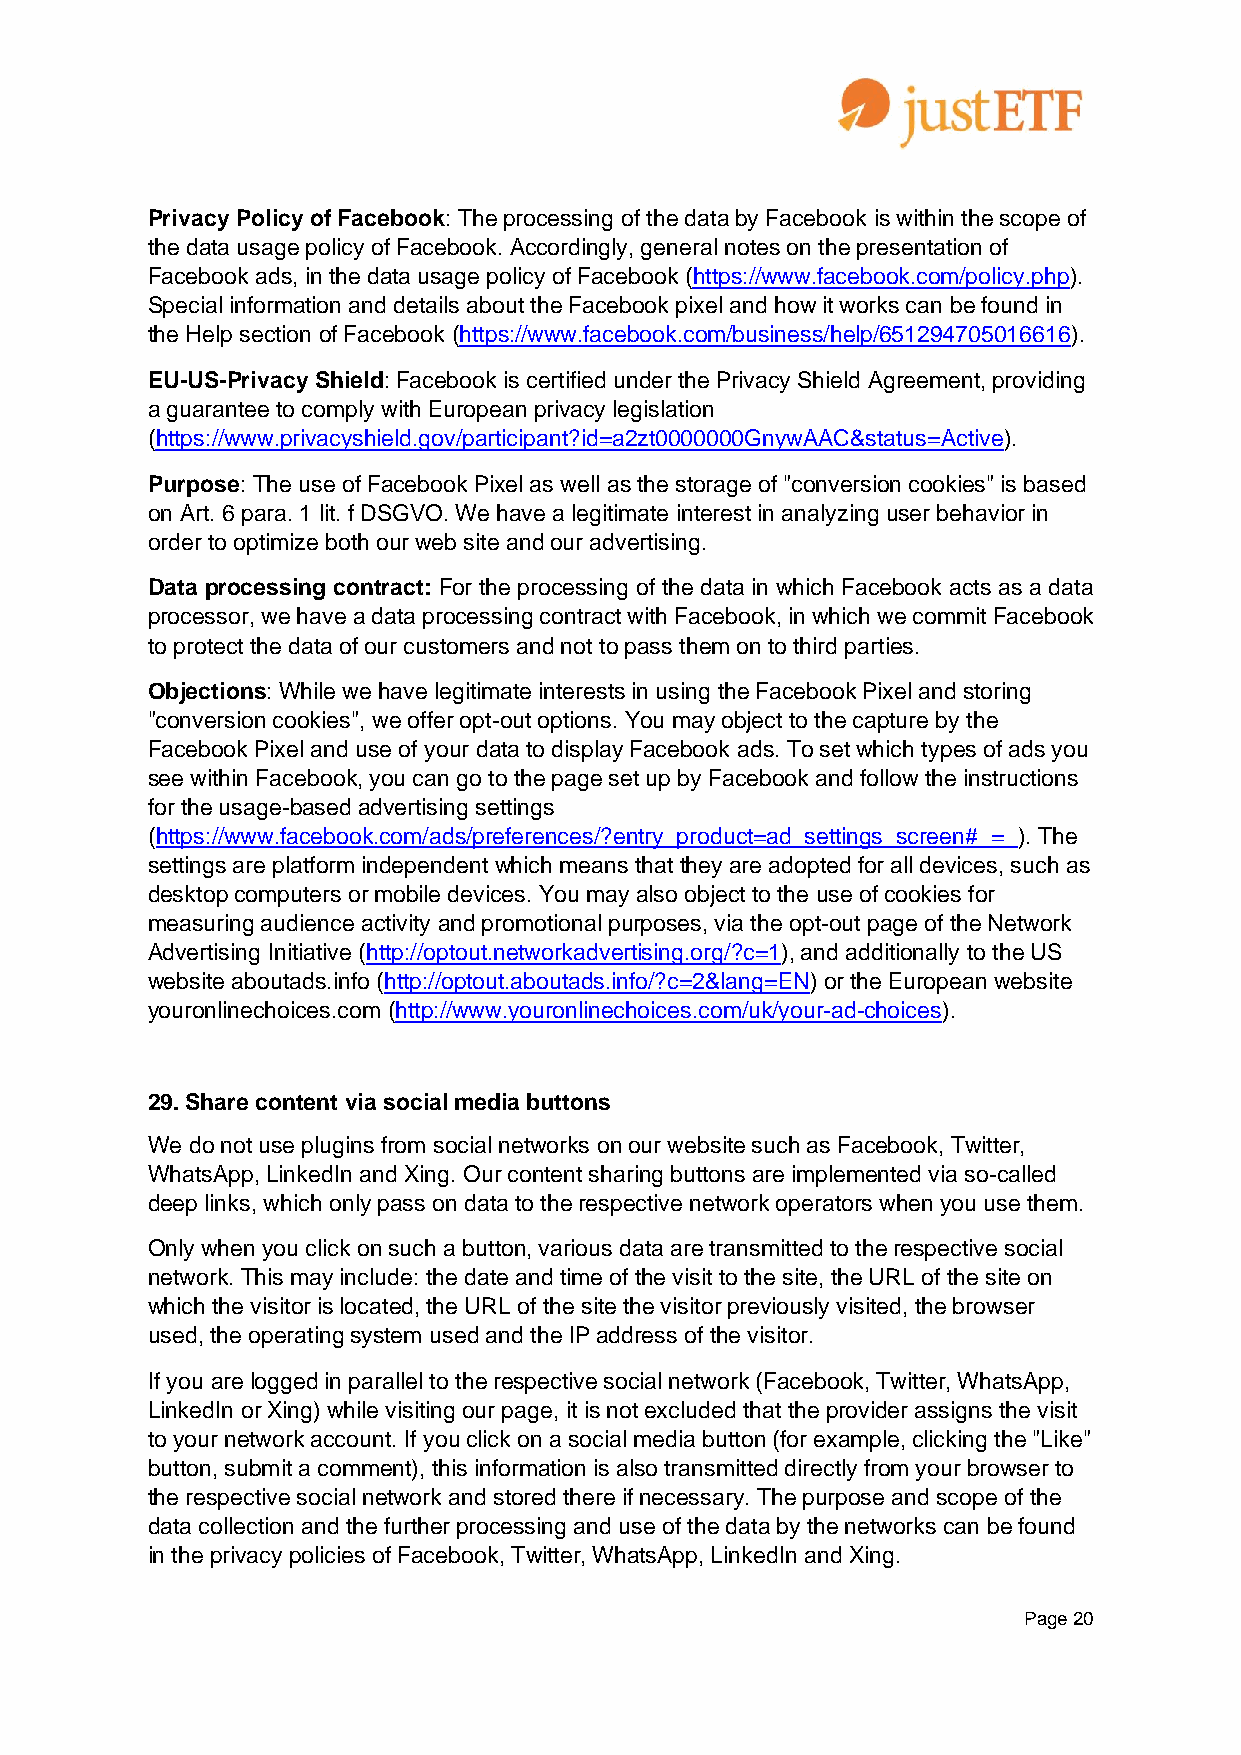
Privacy Policy of Facebook: The processing of the data by Facebook is within the scope of
 the data usage policy of Facebook. Accordingly, general notes on the presentation of
 Facebook ads, in the data usage policy of Facebook (https://www.facebook.com/policy.php).
 Special information and details about the Facebook pixel and how it works can be found in
 the Help section of Facebook (https://www.facebook.com/business/help/651294705016616).
 EU-US-Privacy Shield: Facebook is certified under the Privacy Shield Agreement, providing
 a guarantee to comply with European privacy legislation
 (https://www.privacyshield.gov/participant?id=a2zt0000000GnywAAC&status=Active).
 Purpose: The use of Facebook Pixel as well as the storage of "conversion cookies" is based
 on Art. 6 para. 1 lit. f DSGVO. We have a legitimate interest in analyzing user behavior in
 order to optimize both our web site and our advertising.
 Data processing contract: For the processing of the data in which Facebook acts as a data
 processor, we have a data processing contract with Facebook, in which we commit Facebook
 to protect the data of our customers and not to pass them on to third parties.
 Objections: While we have legitimate interests in using the Facebook Pixel and storing
 "conversion cookies", we offer opt-out options. You may object to the capture by the
 Facebook Pixel and use of your data to display Facebook ads. To set which types of ads you
 see within Facebook, you can go to the page set up by Facebook and follow the instructions
 for the usage-based advertising settings
 (https://www.facebook.com/ads/preferences/?entry_product=ad_settings_screen#_=_). The
 settings are platform independent which means that they are adopted for all devices, such as
 desktop computers or mobile devices. You may also object to the use of cookies for
 measuring audience activity and promotional purposes, via the opt-out page of the Network
 Advertising Initiative (http://optout.networkadvertising.org/?c=1), and additionally to the US
 website aboutads.info (http://optout.aboutads.info/?c=2&lang=EN) or the European website
 youronlinechoices.com (http://www.youronlinechoices.com/uk/your-ad-choices).
 29. Share content via social media buttons
 We do not use plugins from social networks on our website such as Facebook, Twitter,
 WhatsApp, LinkedIn and Xing. Our content sharing buttons are implemented via so-called
 deep links, which only pass on data to the respective network operators when you use them.
 Only when you click on such a button, various data are transmitted to the respective social
 network. This may include: the date and time of the visit to the site, the URL of the site on
 which the visitor is located, the URL of the site the visitor previously visited, the browser
 used, the operating system used and the IP address of the visitor.
 If you are logged in parallel to the respective social network (Facebook, Twitter, WhatsApp,
 LinkedIn or Xing) while visiting our page, it is not excluded that the provider assigns the visit
 to your network account. If you click on a social media button (for example, clicking the "Like"
 button, submit a comment), this information is also transmitted directly from your browser to
 the respective social network and stored there if necessary. The purpose and scope of the
 data collection and the further processing and use of the data by the networks can be found
 in the privacy policies of Facebook, Twitter, WhatsApp, LinkedIn and Xing.
 Page 20